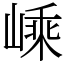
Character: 嵊